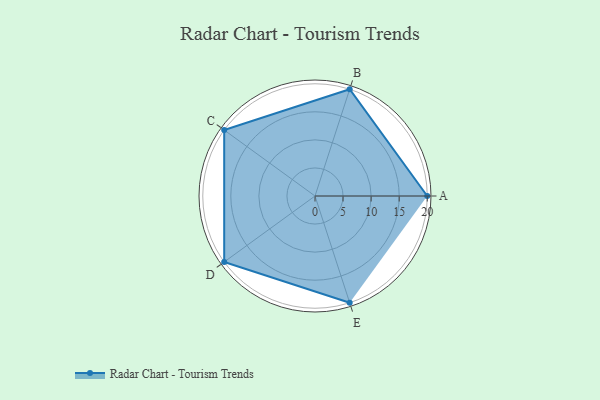
{"axis": {"x": "Skill", "y": "Score"}, "legend": ["Profile"], "data": [{"x": "A", "y": 20, "type": "Profile"}, {"x": "B", "y": 20, "type": "Profile"}, {"x": "C", "y": 20, "type": "Profile"}, {"x": "D", "y": 20, "type": "Profile"}, {"x": "E", "y": 20, "type": "Profile"}]}